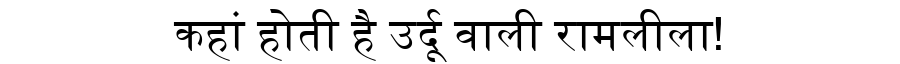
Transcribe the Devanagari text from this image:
कहां होती है उर्दू वाली रामलीला!